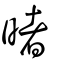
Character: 暏